Problem: 26 + 33 = ?
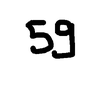
Handwritten answer: 59